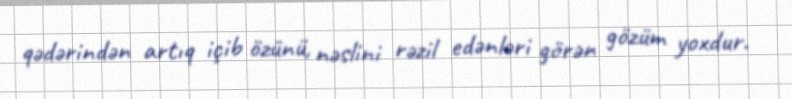
qədərindən artıq içib özünü, nəslini rəzil edənləri görən gözüm yoxdur.